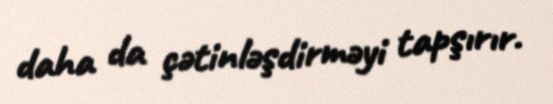
daha da çətinləşdirməyi tapşırır.